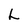
Character: L